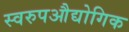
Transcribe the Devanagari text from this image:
स्वरुपऔद्योगिक